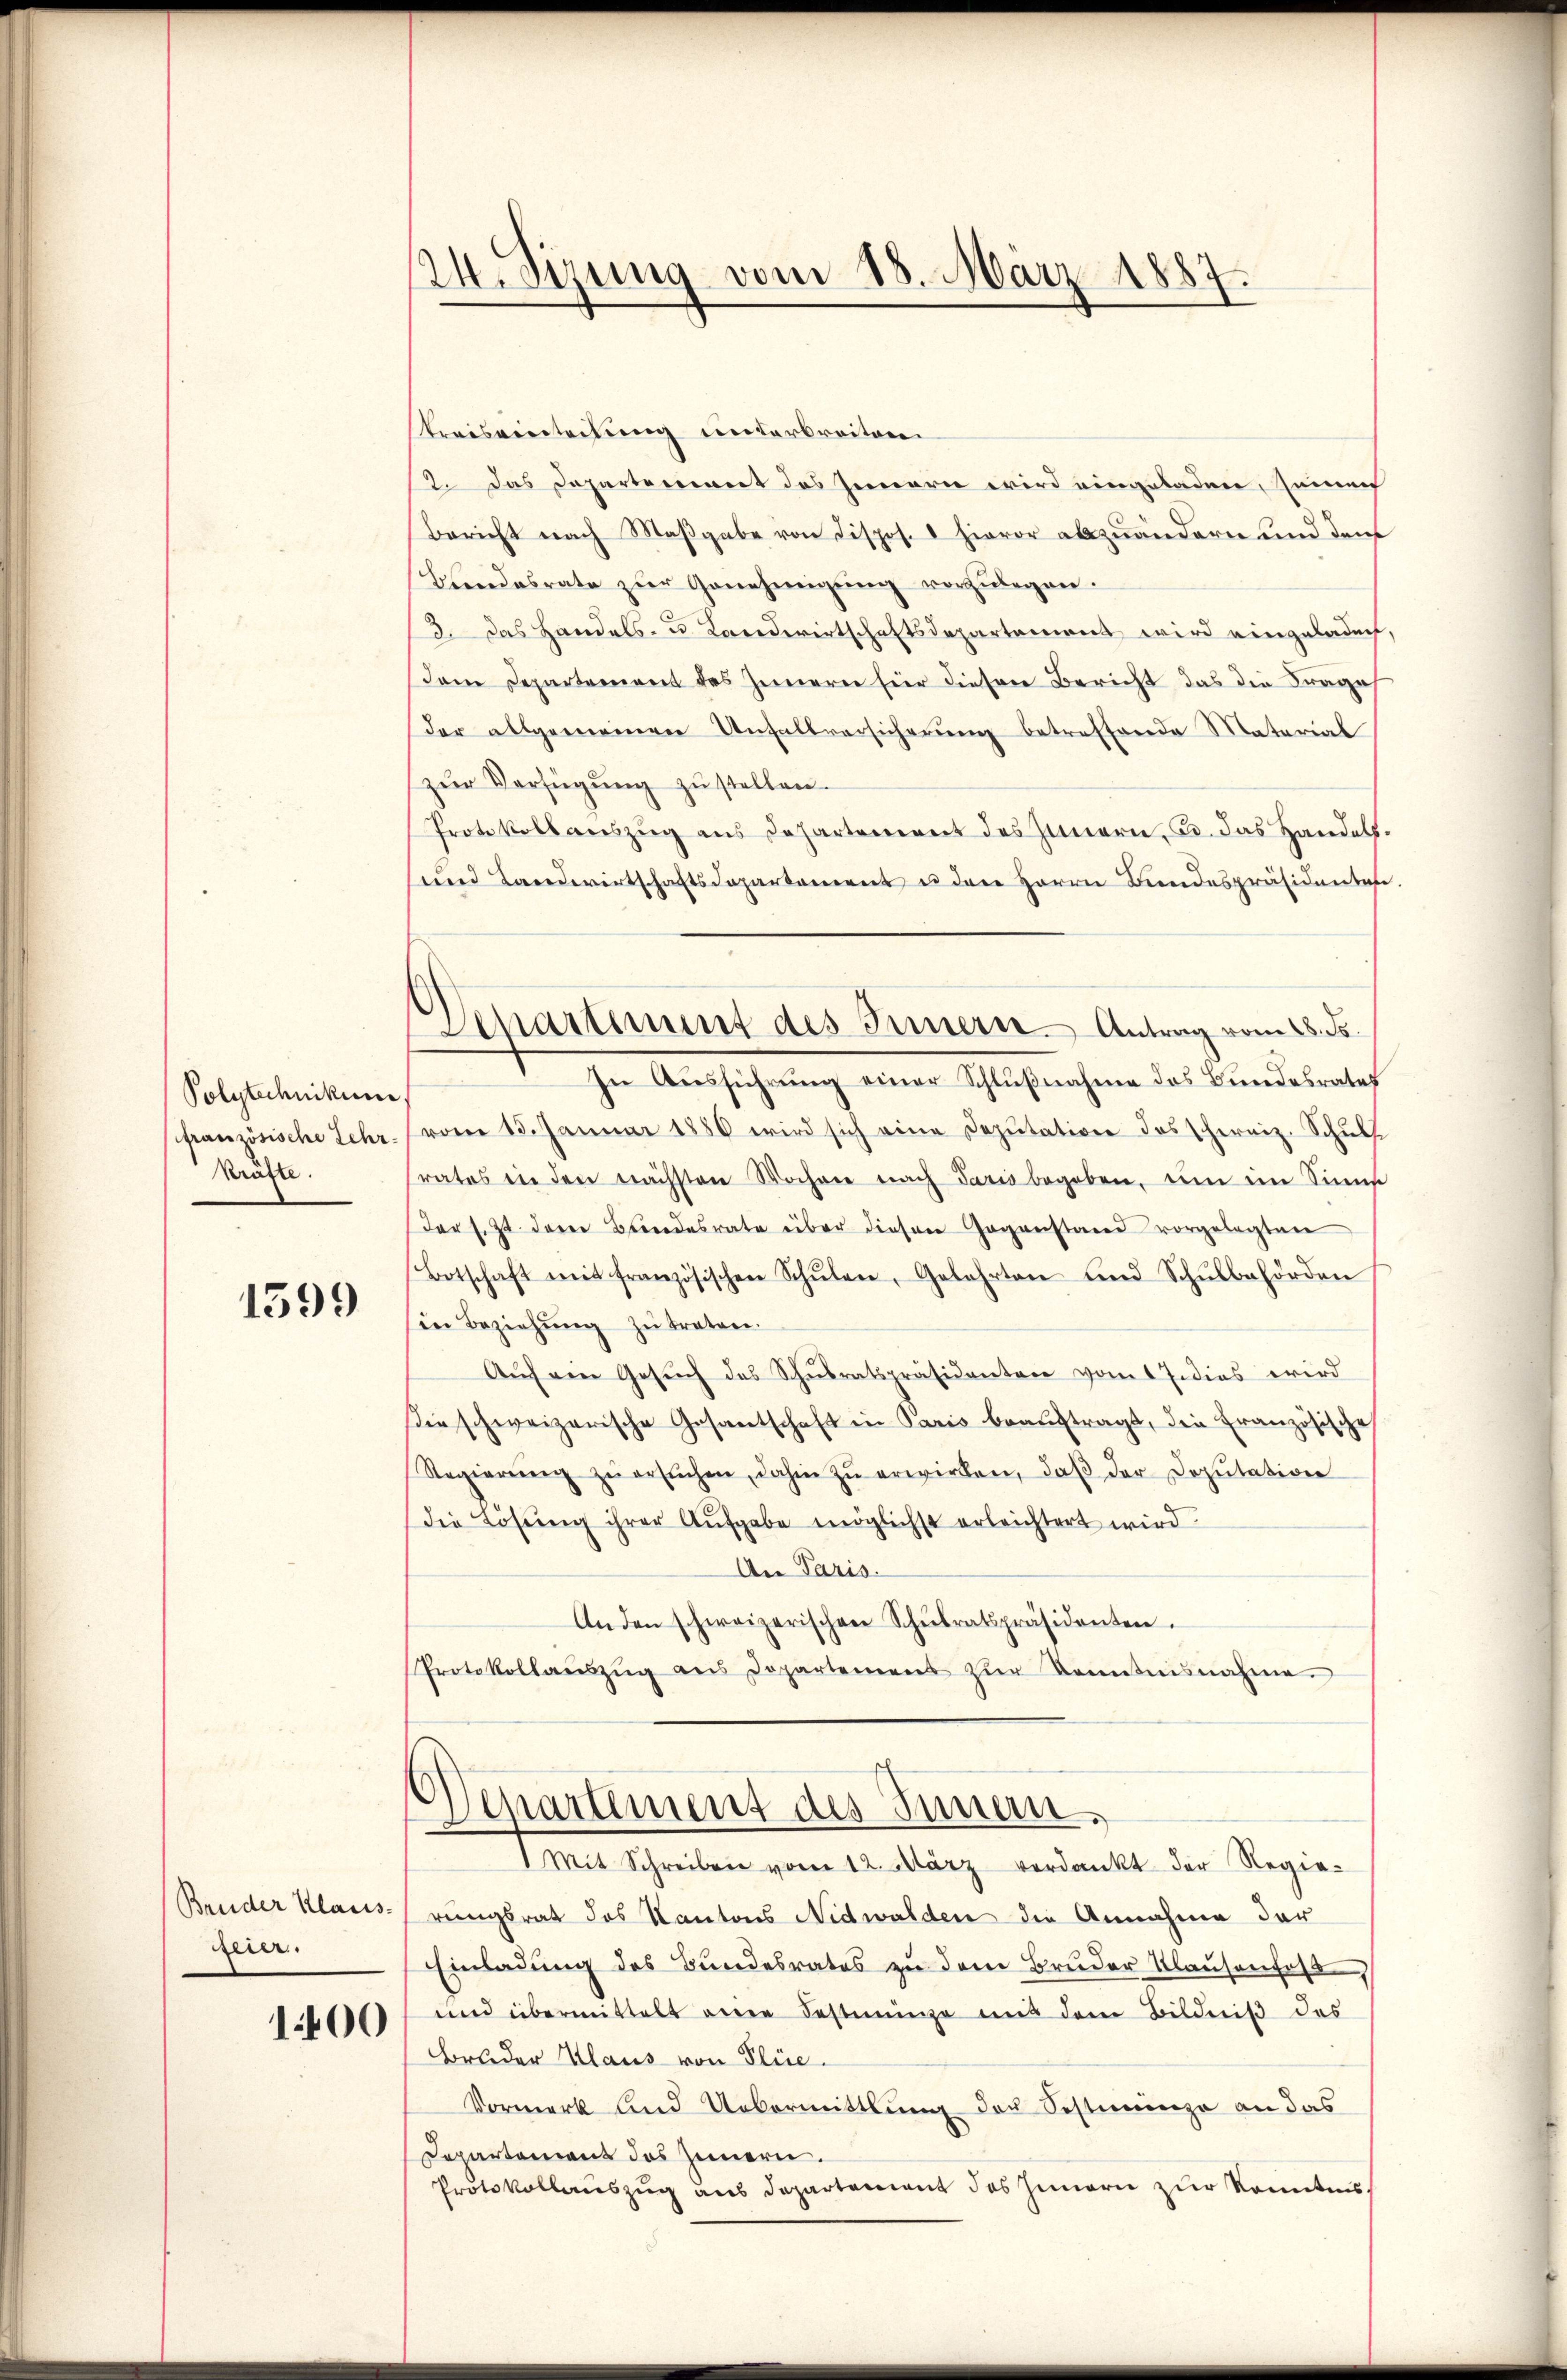
Polytechnikums
französische Lehr.
kräfte.

1599

Bruder Klaus-
eer.

1400

2.Sizung vom 18. März 1887.

Departement des Innern. Antrag vom 6. ds.

Preisventeilung unterbreiten.
2. Das Departement das Jennern wird eingeladen, seinen
Bericht nach Maβgabe von dispos. 1 hievor abzuändern und den
Brandesrate zŭr Genehmigŭng vorzŭlegen.
13. Das Handels- u. Landwirtschaftsdepartemont wird eingeladen
dem Departement des Innern für diesen Bericht das die Frages
der allgemeinen Unfallversicherŭng betreffende Material
zŭr Verfügŭng zu stellen.
Protokoll auszug aus Departement des Innern, u. das Handels,
und Landwirtschaftsdepartement u dere Herrn Bundespräsidentes
In Ausführung einer Schlußnahme des Bundesrates
vom 15. Januar 1886 wird sich eine Deputation des Schweiz. Schŭlh
rates in den nächsten Wochere nach Paris begeben, um im Sinne
der s. Zt. derer Bundesrate über diesen Gegenstand vorgelegten
Botschaft mit französischen Schŭlen, Gelehrten und Schŭlbehörden
in Beziehŭng zŭ traten.
Aŭf ein Gesŭch des Schŭlratspräsidenten vom 1 Jadias wird
Die schweizerische Gesantschaft in Paris beaŭftragt, die Französische
Regierŭng zŭ ersŭchen, dahin zŭ erwirken, daβ der Deputation
die Lösung ihrer Aufgabe möglichst erleichtert wird.
An Paris.
Anden schweizerischen Schŭlratspräsidenten.
Protokollaŭszŭg ans Departement zŭr Sonntensnahme.
Departement des Innen.
Mit Schreiben vom 12. März verdankt der Regierungsrat des Kantons Nidwalden die Annahme der
Einladung des Bundesrates zu dem Bruder Klausenfass
und übermittelt einen Festminge mit dem Bildniβ des
Bruder Klaus von Plie.
Vormerk und Uebermittlung der Sestimmunge an das
Departement des Innern.
Protokollauszug aus Departement des Innern zur Kenntnis